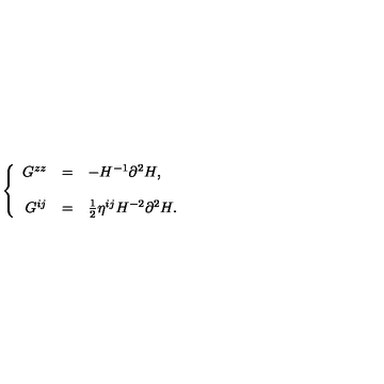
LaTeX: \left\{ \begin{array} { r c l } { G ^ { z z } } & { = } & { - H ^ { - 1 } \partial ^ { 2 } H , } \\ { } & { } & { } \\ { G ^ { i j } } & { = } & { \frac { 1 } { 2 } \eta ^ { i j } H ^ { - 2 } \partial ^ { 2 } H . } \\ \end{array} \right.